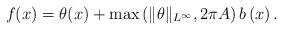
LaTeX: \begin{align*}f(x) = \theta(x) + \max \left(\|\theta\|_{L^\infty} , 2\pi A \right) b\left( x \right).\end{align*}